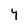
Character: Y